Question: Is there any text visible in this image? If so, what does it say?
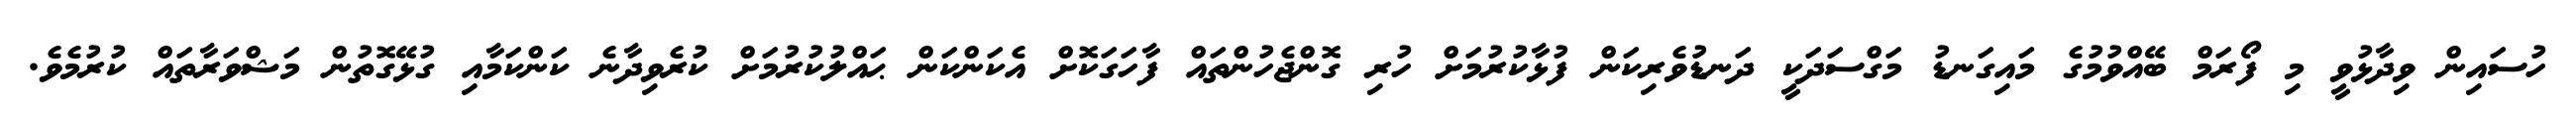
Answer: ހުސައިން ވިދާޅުވީ މި ފޯރަމް ބޭއްވުމުގެ މައިގަނޑު މަގްސަދަކީ ދަނޑުވެރިކަން ފުޅާކުރުމަށް ހުރި ގޮންޖެހުންތައް ފާހަގަކޮށް އެކަންކަން ޙައްލުކުރުމަށް ކުރެވިދާނެ ކަންކަމާއި ގުޅޭގޮތުން މަޝްވަރާތައް ކުރުމެވެ.